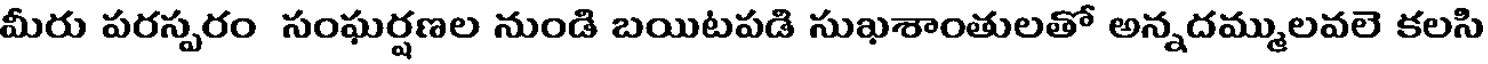
మీరు పరస్పరం సంఘర్షణల నుండి బయిటపడి సుఖశాంతులతో అన్నదమ్ములవలె కలసి